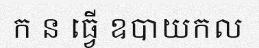
ក ន ធ្វើ ឧបាយកល